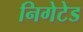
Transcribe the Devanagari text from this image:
निगेटेड